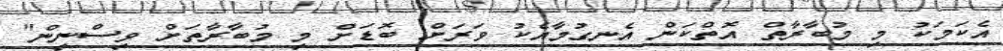
އެކަމަކު މި މުބާރާތް އޮތްކަން އެނގުމާއެކު ވަރަށް ބޮޑަށް މި މުބާރާތަށް ވިސްނިން"